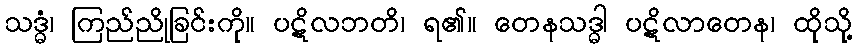
သဒ္ဓံ၊ ကြည်ညိုခြင်းကို။ ပဋိလဘတိ၊ ရ၏။ တေနသဒ္ဓါ ပဋိလာတေန၊ ထိုသို့